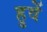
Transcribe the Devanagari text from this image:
हुवें